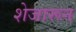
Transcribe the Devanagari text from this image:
शेजारून